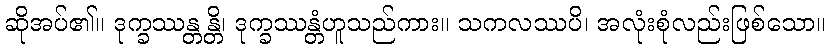
ဆိုအပ်၏။ ဒုက္ခဿန္တန္တိ၊ ဒုက္ခဿန္တံဟူသည်ကား။ သကလဿပိ၊ အလုံးစုံလည်းဖြစ်သော။